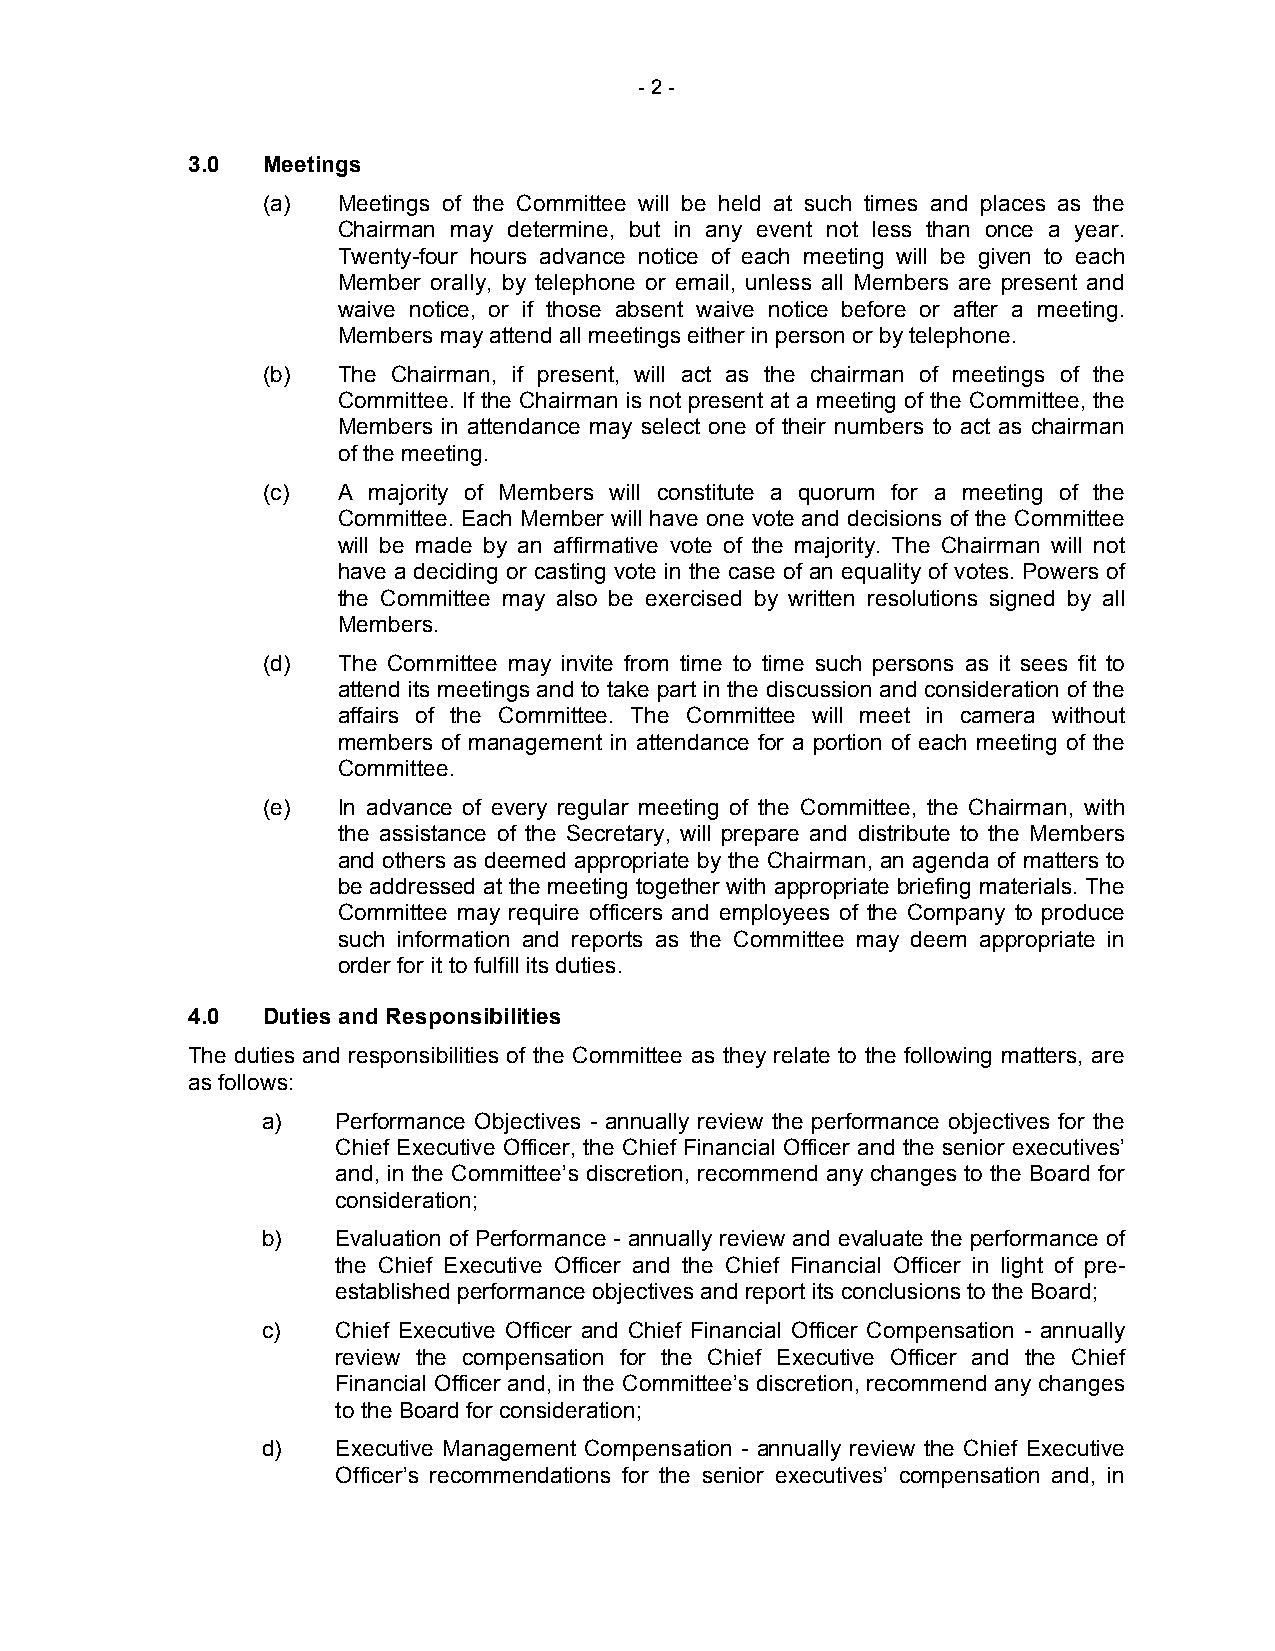
- 2 -
 3.0  Meetings
 (a)  Meetings of the Committee will be held at such times and places as the
 Chairman may determine, but in any event not less than once a year.
 Twenty-four hours advance notice of each meeting will be given to each
 Member orally, by telephone or email, unless all Members are present and
 waive notice, or if those absent waive notice before or after a meeting.
 Members may attend all meetings either in person or by telephone.
 (b)  The Chairman, if present, will act as the chairman of meetings of the
 Committee. If the Chairman is not present at a meeting of the Committee, the
 Members in attendance may select one of their numbers to act as chairman
 of the meeting.
 (c)  A majority of Members will constitute a quorum for a meeting of the
 Committee. Each Member will have one vote and decisions of the Committee
 will be made by an affirmative vote of the majority. The Chairman will not
 have a deciding or casting vote in the case of an equality of votes. Powers of
 the Committee may also be exercised by written resolutions signed by all
 Members.
 (d)  The Committee may invite from time to time such persons as it sees fit to
 attend its meetings and to take part in the discussion and consideration of the
 affairs of the Committee. The Committee will meet in camera without
 members of management in attendance for a portion of each meeting of the
 Committee.
 (e)  In advance of every regular meeting of the Committee, the Chairman, with
 the assistance of the Secretary, will prepare and distribute to the Members
 and others as deemed appropriate by the Chairman, an agenda of matters to
 be addressed at the meeting together with appropriate briefing materials. The
 Committee may require officers and employees of the Company to produce
 such information and reports as the Committee may deem appropriate in
 order for it to fulfill its duties.
 4.0  Duties and Responsibilities
 The duties and responsibilities of the Committee as they relate to the following matters, are
 as follows:
 a)   Performance Objectives - annually review the performance objectives for the
 Chief Executive Officer, the Chief Financial Officer and the senior executives’
 and, in the Committee’s discretion, recommend any changes to the Board for
 consideration;
 b)   Evaluation of Performance - annually review and evaluate the performance of
 the Chief Executive Officer and the Chief Financial Officer in light of pre-
 established performance objectives and report its conclusions to the Board;
 c)   Chief Executive Officer and Chief Financial Officer Compensation - annually
 review the compensation for the Chief Executive Officer and the Chief
 Financial Officer and, in the Committee’s discretion, recommend any changes
 to the Board for consideration;
 d)   Executive Management Compensation - annually review the Chief Executive
 Officer’s recommendations for the senior executives’ compensation and, in